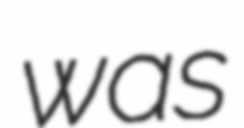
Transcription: was